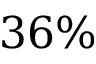
3 6 \%